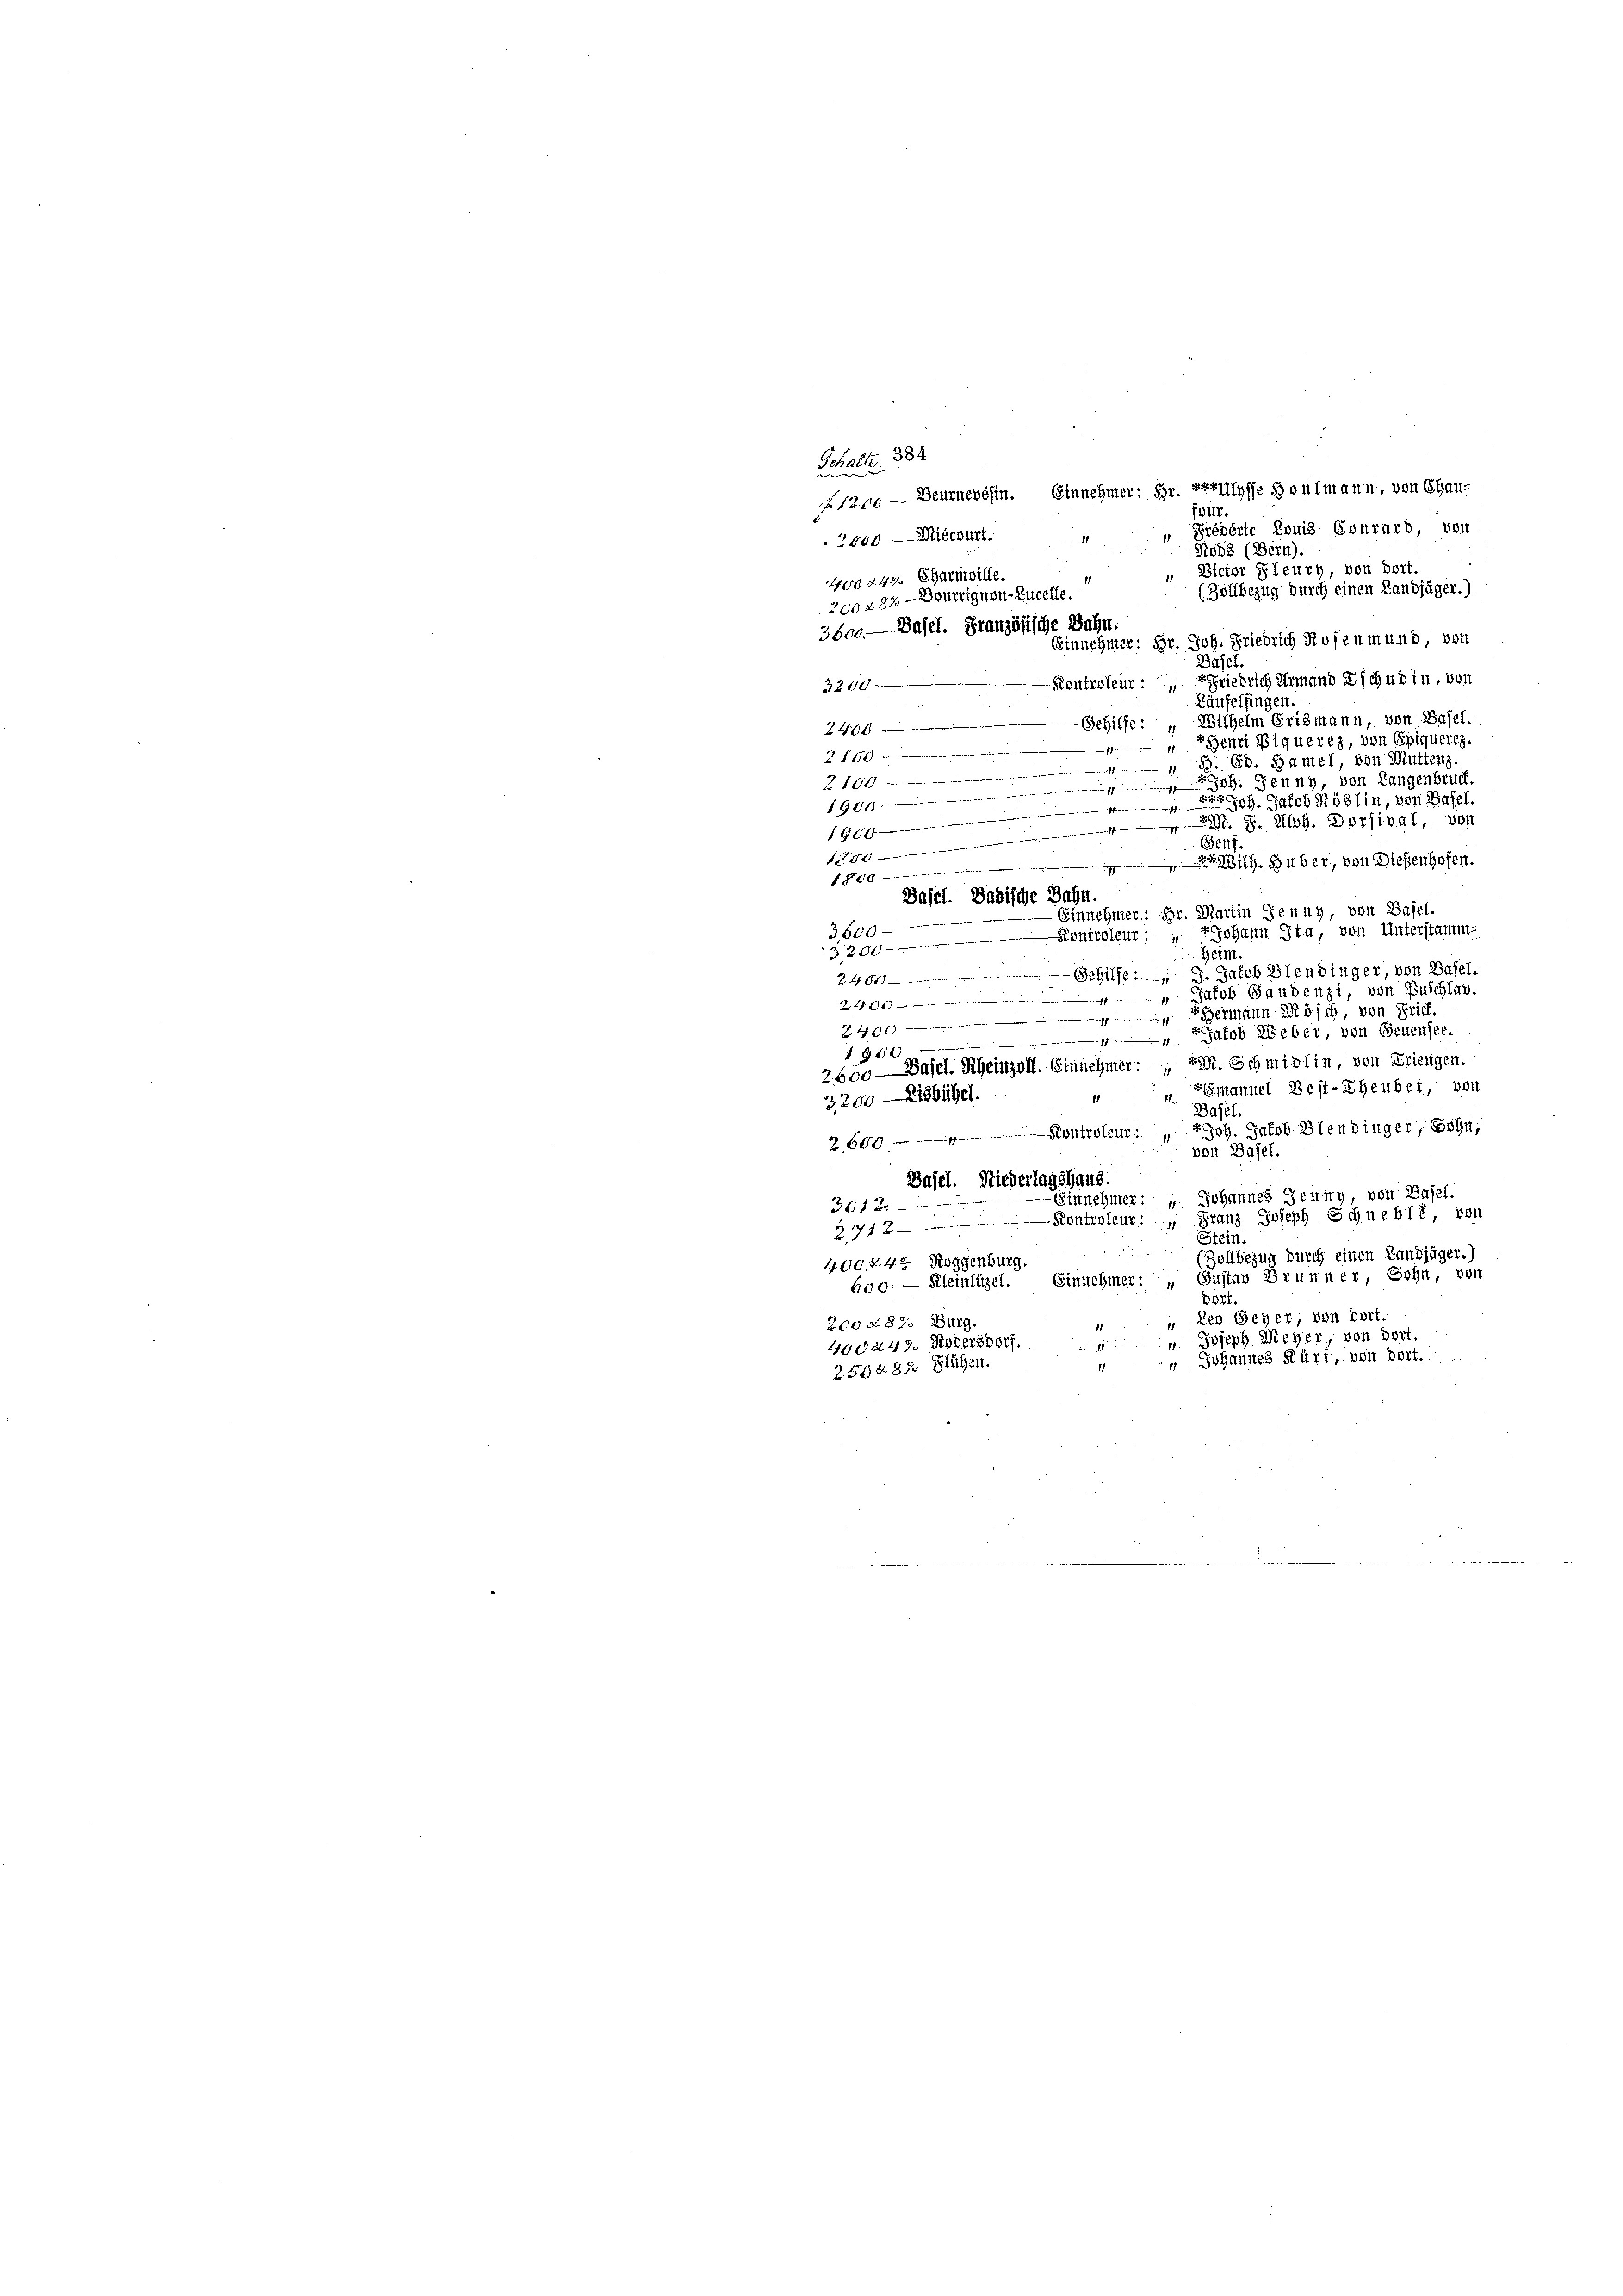
1

Schalte. 382
1200 — Beurnewesen. Einnehmer: Hr. Artillysse Boulmann, von Chau-
ivür.
Préderte Louis Conrard von
2500 — Milchurt.
Ross (Bern).
" Victor Steury, von dort.
400249. Charmville.
(Zollbezug durch einen Landjäger.)
2002 84 -Dourrignon-Rucelle.
3600. Basel. Französische Bahn.
Einnehmer; Hr. Joh. Friedrich Rosenmund, von
Basel.
Kontroleur: Friedrich ermand Eschudin, von
2250
Käufelfingen.
Wilhelm Crismann, von Basel.
46 x
Gehilfe: »genri Piquertz, von Epiqueres.
11
Z 160
 Ed. Samel, von Mutter.
1
Joh. Jenny, von Langenbruck.
2. 160
n
191
in, von Basel.
.
ff
1800. 8. Alpg. Dorfival, von
Genf.
ih. Huber, von Diesenhofen.
 § 66
Basel. Badische Bahn
Einnehmer: Hr. Martin Jenny, von Basel.
36000
Kontroleur: " Johann Jta, von Unterstamm-
20 f 0
Heim.
Gehilfe. — 3. Jakob Blendinger, von Basel.
4 x
 Jacob Gaudenzi, von Buschtav.
2 S. 16
Hermann Bösch, von Brief.
f
4 x
 Jakob Weber, von Genensee.
1300
2600 — Basel, Rheinzoll. Einnehmer: St. Schmidlin, von Kriengen.
 Gmanuel Best-Theubet, von
3200 Eisbühel
11
Basel.
2,600. angen Joh. Jakob Blendinger, Sohn,
von Basel.
Basel. Niederlagshaus.
Einnehmer: " Johannes Jenny, von Basel.
3012
Kontroleur: " Franz Joseph Schneblé, von
21 x
Stein.
(Zollbezug durch einen Landjäger.
400. 444 Roggenburg.
Gustav Brunner, Sohn, von
Einnehmer: „
600. - Kleinlüzel.
Dort
" Der Beher, von dort.
200287. Burg.
u. Joseph Meyer, von dort.
400d 49. Robersdorf.

“ Johannes Rürt, von dort.
11
259487 Flügen.